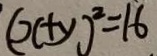
( x + y ) ^ { 2 } = 1 6